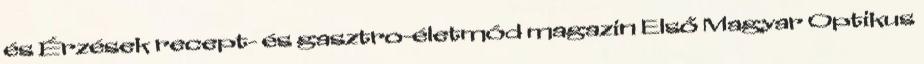
és Érzések recept- és gasztro-életmód magazin Első Magyar Optikus